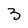
Character: 3